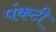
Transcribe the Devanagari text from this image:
पंकटी